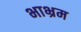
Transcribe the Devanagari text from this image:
भाभ्रम